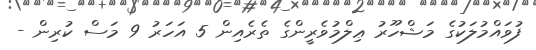
ފުވައްމުލަކުގެ މަޝްހޫރު ޢިލްމުވެރީންގެ ތެރެއިން 5 އަހަރު 9 މަސް ކުރިން -